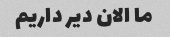
ما الان دیر داریم